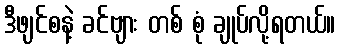
ဒီဖျင်စနဲ့ ခင်ဗျား တစ် စုံ ချုပ်လို့ရတယ်။